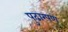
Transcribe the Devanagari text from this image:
पुढारपण